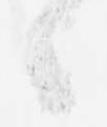
々